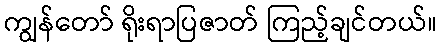
ကျွန်တော် ရိုးရာပြဇာတ် ကြည့်ချင်တယ်။